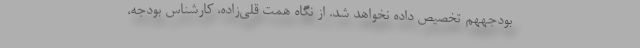
بودجههم تخصیص داده نخواهد شد. از نگاه همت قلی‌زاده، كارشناس بودجه،